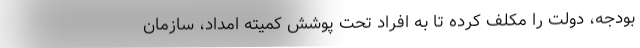
بودجه، دولت را مکلف کرده تا به افراد تحت پوشش کمیته امداد، سازمان